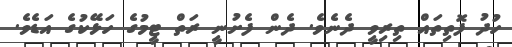
ހުދު ފޮތިތައް ތިރިވީ ދެނެވެ. ދެން ފެށުނީ ރަތް ޓީމުގެ ހަޅޭކުގެ އަޑެވެ.